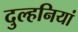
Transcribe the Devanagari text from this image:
दुल्हनियां